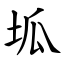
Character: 坬